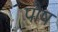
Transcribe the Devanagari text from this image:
पाैष